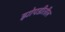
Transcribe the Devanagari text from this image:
झोपडीतील